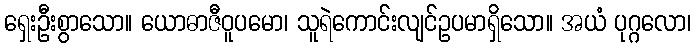
ရှေးဦးစွာသော။ ယောဓာဇီဝူပမော၊ သူရဲကောင်းလျင်ဥပမာရှိသော။ အယံ ပုဂ္ဂလော၊